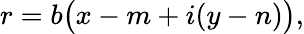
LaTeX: r=b{\bigl(}x-m+i(y-n){\bigr)},